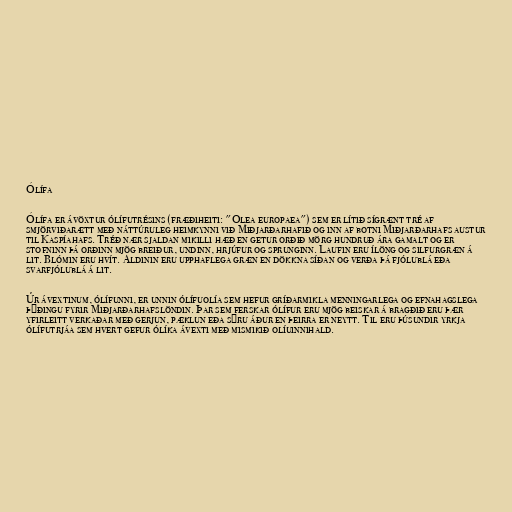
Ólífa

Ólífa er ávöxtur ólífutrésins (fræðiheiti: "Olea europaea") sem er lítið sígrænt tré af
smjörviðarætt með náttúruleg heimkynni við Miðjarðarhafið og inn af botni Miðjarðarhafs austur
til Kaspíahafs. Tréð nær sjaldan mikilli hæð en getur orðið mörg hundruð ára gamalt og er
stofninn þá orðinn mjög breiður, undinn, hrjúfur og sprunginn. Laufin eru ílöng og silfurgræn á
lit. Blómin eru hvít. Aldinin eru upphaflega græn en dökkna síðan og verða þá fjólublá eða
svarfjólublá á lit.

Úr ávextinum, ólífunni, er unnin ólífuolía sem hefur gríðarmikla menningarlega og efnahagslega
þýðingu fyrir Miðjarðarhafslöndin. Þar sem ferskar ólífur eru mjög beiskar á bragðið eru þær
yfirleitt verkaðar með gerjun, pæklun eða sýru áður en þeirra er neytt. Til eru þúsundir yrkja
ólífutrjáa sem hvert gefur ólíka ávexti með mismikið olíuinnihald.